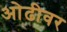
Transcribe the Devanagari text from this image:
ओढीवर